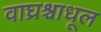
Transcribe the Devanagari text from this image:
वाघ्रश्चाधूल